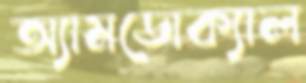
অ্যামডোক্যাল